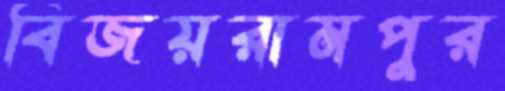
বিজয়রামপুর